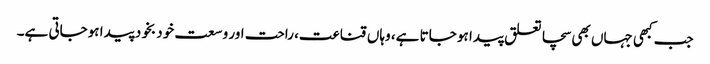
جب کبھی جہاں بھی سچا تعلق پیدا ہو جاتا ہے، وہاں قناعت، راحت اور وسعت خود بخود پیدا ہوجاتی ہے۔